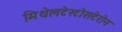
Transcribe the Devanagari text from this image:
मिथेलटेस्टोसटेरोन